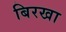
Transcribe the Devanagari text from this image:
बिरखा